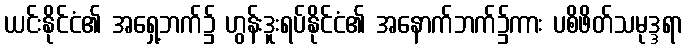
ယင်းနိုင်ငံ၏ အရှေ့ဘက်၌ ဟွန်းဒူးရပ်နိုင်ငံ၏ အနောက်ဘက်၌ကား ပစိဖိတ်သမုဒ္ဒရာ